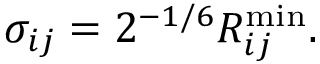
\sigma _ { i j } = 2 ^ { - 1 / 6 } R _ { i j } ^ { \mathrm { m i n } } .